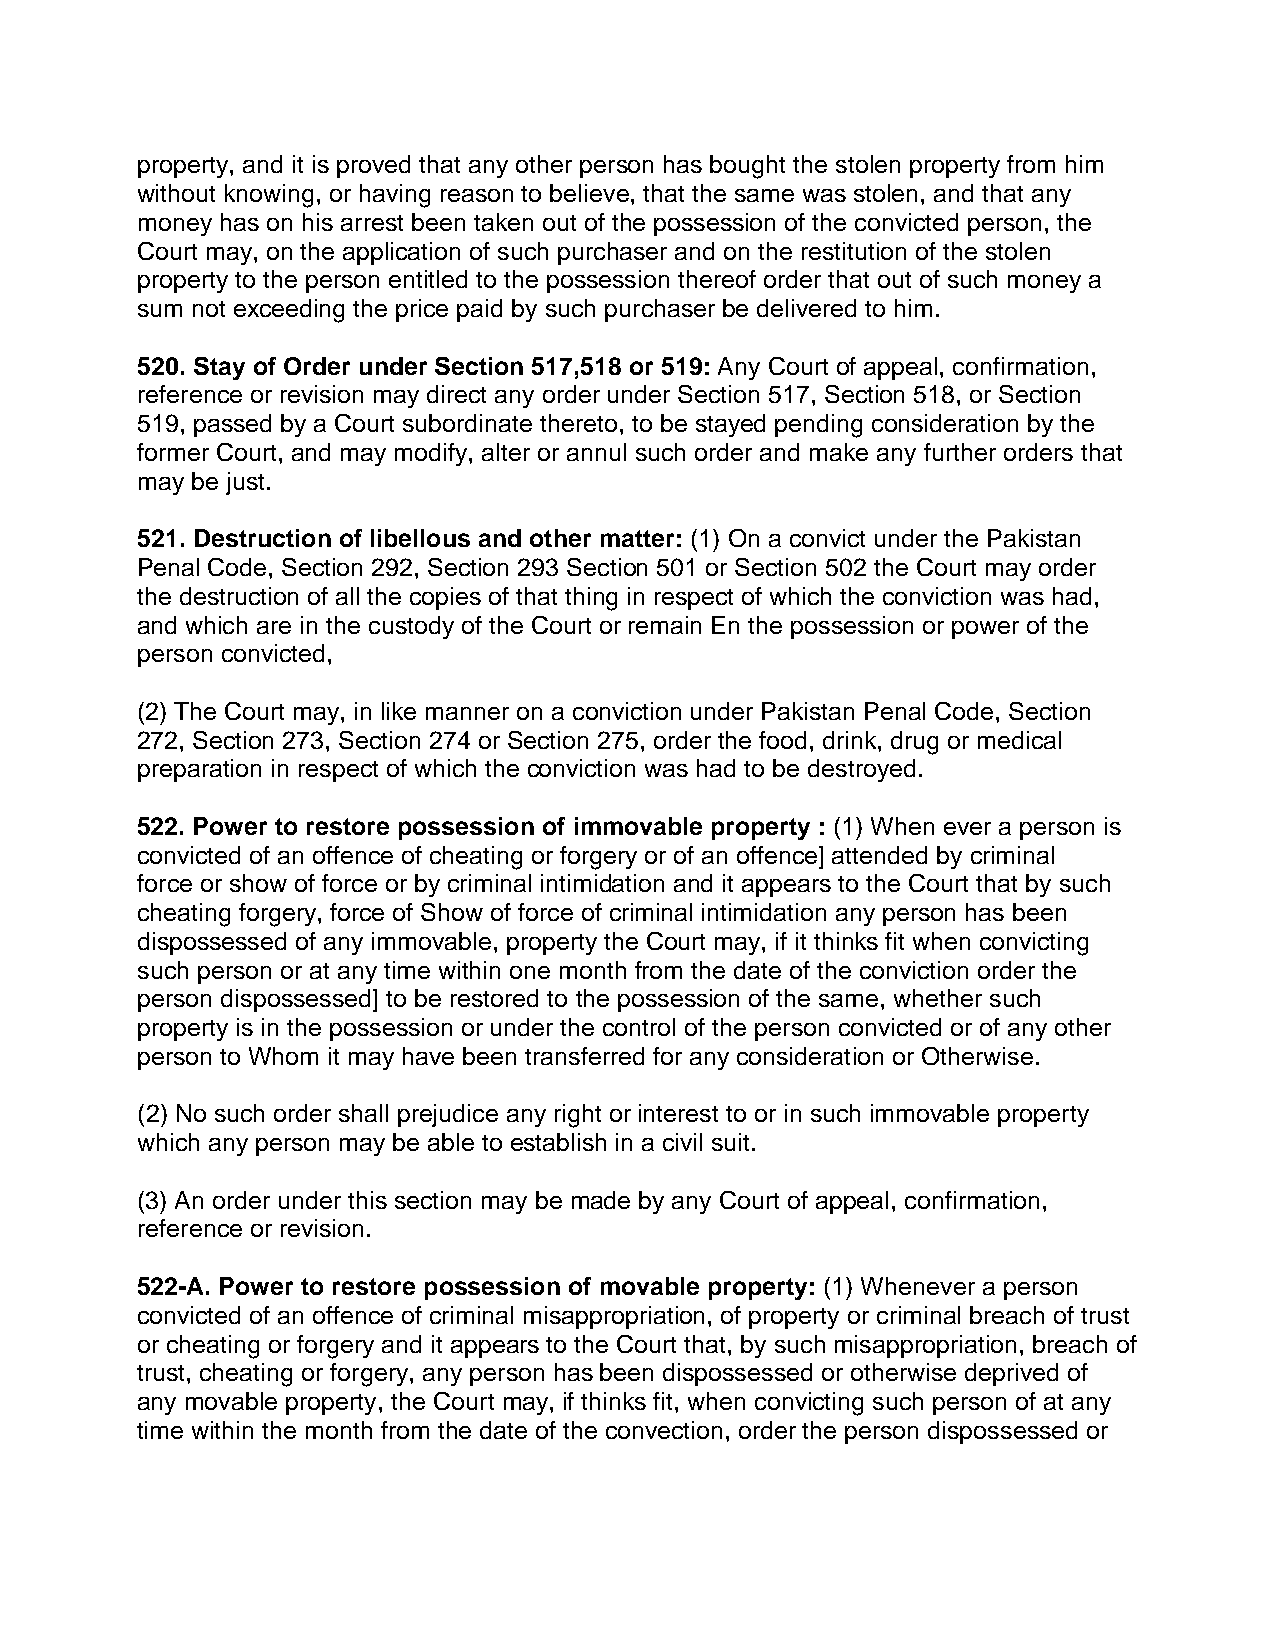
property, and it is proved that any other person has bought the stolen property from him
 without knowing, or having reason to believe, that the same was stolen, and that any
 money has on his arrest been taken out of the possession of the convicted person, the
 Court may, on the application of such purchaser and on the restitution of the stolen
 property to the person entitled to the possession thereof order that out of such money a
 sum not exceeding the price paid by such purchaser be delivered to him.
 520. Stay of Order under Section 517,518 or 519: Any Court of appeal, confirmation,
 reference or revision may direct any order under Section 517, Section 518, or Section
 519, passed by a Court subordinate thereto, to be stayed pending consideration by the
 former Court, and may modify, alter or annul such order and make any further orders that
 may be just.
 521. Destruction of libellous and other matter: (1) On a convict under the Pakistan
 Penal Code, Section 292, Section 293 Section 501 or Section 502 the Court may order
 the destruction of all the copies of that thing in respect of which the conviction was had,
 and which are in the custody of the Court or remain En the possession or power of the
 person convicted,
 (2) The Court may, in like manner on a conviction under Pakistan Penal Code, Section
 272, Section 273, Section 274 or Section 275, order the food, drink, drug or medical
 preparation in respect of which the conviction was had to be destroyed.
 522. Power to restore possession of immovable property : (1) When ever a person is
 convicted of an offence of cheating or forgery or of an offence] attended by criminal
 force or show of force or by criminal intimidation and it appears to the Court that by such
 cheating forgery, force of Show of force of criminal intimidation any person has been
 dispossessed of any immovable, property the Court may, if it thinks fit when convicting
 such person or at any time within one month from the date of the conviction order the
 person dispossessed] to be restored to the possession of the same, whether such
 property is in the possession or under the control of the person convicted or of any other
 person to Whom it may have been transferred for any consideration or Otherwise.
 (2) No such order shall prejudice any right or interest to or in such immovable property
 which any person may be able to establish in a civil suit.
 (3) An order under this section may be made by any Court of appeal, confirmation,
 reference or revision.
 522-A. Power to restore possession of movable property: (1) Whenever a person
 convicted of an offence of criminal misappropriation, of property or criminal breach of trust
 or cheating or forgery and it appears to the Court that, by such misappropriation, breach of
 trust, cheating or forgery, any person has been dispossessed or otherwise deprived of
 any movable property, the Court may, if thinks fit, when convicting such person of at any
 time within the month from the date of the convection, order the person dispossessed or